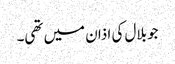
جو بلال کی اذان میں تھی۔